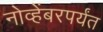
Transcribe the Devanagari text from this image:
नोव्हेंबरपर्यंत